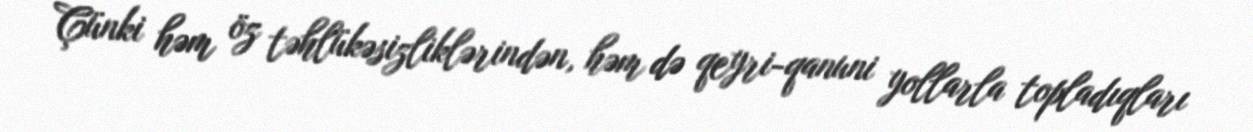
Çünki həm öz təhlükəsizliklərindən, həm də qeyri-qanuni yollarla topladıqları